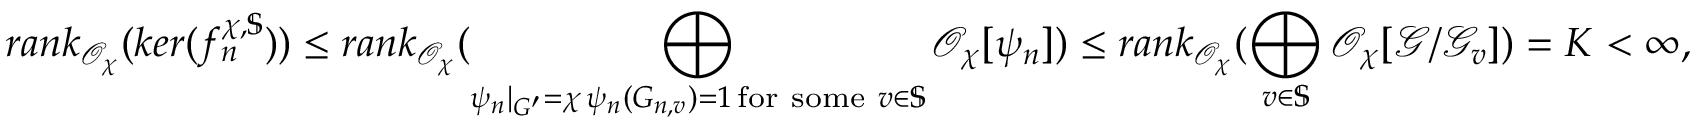
r a n k _ { \mathcal O _ { \chi } } ( k e r ( f _ { n } ^ { \chi , \mathbb S } ) ) \leq r a n k _ { \mathcal { O } _ { \chi } } ( \bigoplus _ { \substack { \psi _ { n } | _ { G ^ { \prime } } = \chi \, \psi _ { n } ( G _ { n , v } ) = 1 \, \mathrm { f o r ~ s o m e ~ } v \in \mathbb S } } \mathcal { O } _ { \chi } [ \psi _ { n } ] ) \leq r a n k _ { \mathcal { O } _ { \chi } } ( \bigoplus _ { v \in \mathbb S } \mathcal { O } _ { \chi } [ \mathcal G / \mathcal G _ { v } ] ) = K < \infty ,